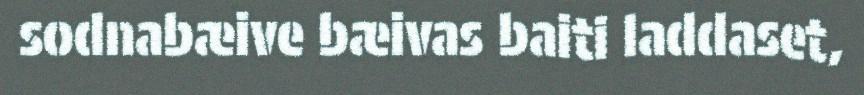
sodnabæive bæivas baiti laddaset,